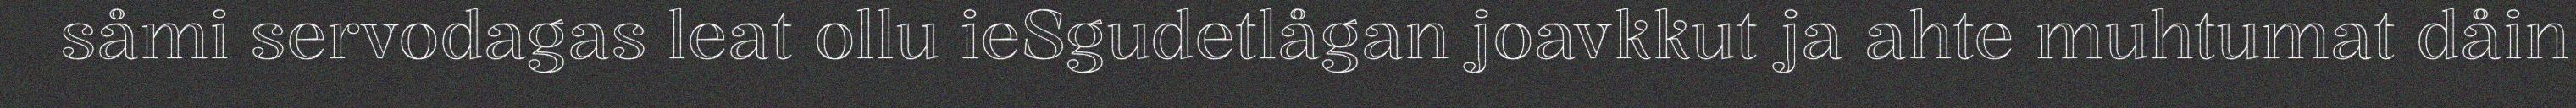
såmi servodagas leat ollu ieSgudetlågan joavkkut ja ahte muhtumat dåin